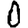
Digit: 0